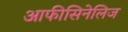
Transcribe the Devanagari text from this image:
आफीसिनेलिज